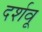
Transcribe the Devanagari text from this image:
दर्शवू